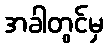
အခါတွင်မှ